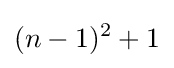
(n-1)^{2}+1